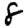
Digit: 8